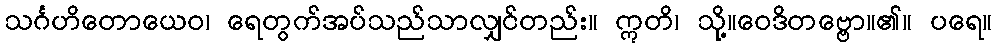
သင်္ဂဟိတောယေဝ၊ ရေတွက်အပ်သည်သာလျှင်တည်း။ ဣတိ၊ သို့။ဝေဒိတဗ္ဗော။၏။ ပရေ။